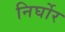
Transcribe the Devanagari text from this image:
निर्घोर